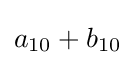
a_{10}+b_{10}